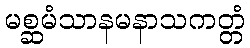
မစ္ဆမံသာနမနာသကတ္တံ